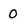
Character: 0